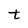
Character: t